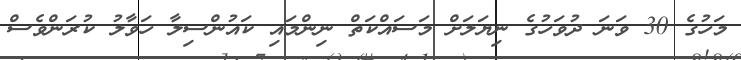
މަހުގެ 30 ވަނަ ދުވަހުގެ ނިޔަލަށް މަސައްކަތް ނިންމައި ކައުންސިލާ ހަވާލު ކުރަންވެސް